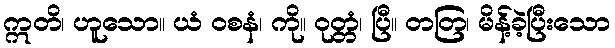
ဣတိ၊ ဟူသော။ ယံ ဝစနံ၊ ကို။ ဝုတ္တံ၊ ပြီ။ တတြ၊ မိန့်ခဲ့ပြီးသော